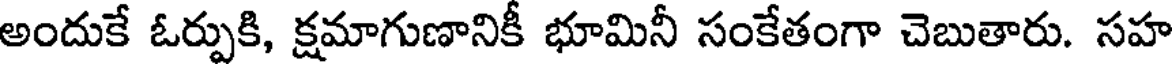
అందుకే ఓర్పుకి, క్షమాగుణానికీ భూమినీ సంకేతంగా చెబుతారు. సహ